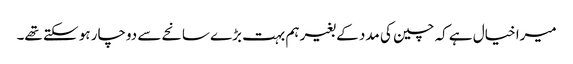
میرا خیال ہے کہ چین کی مدد کے بغیر ہم بہت بڑے سانحے سے دوچار ہو سکتے تھے۔